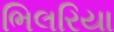
ભિલરિયા